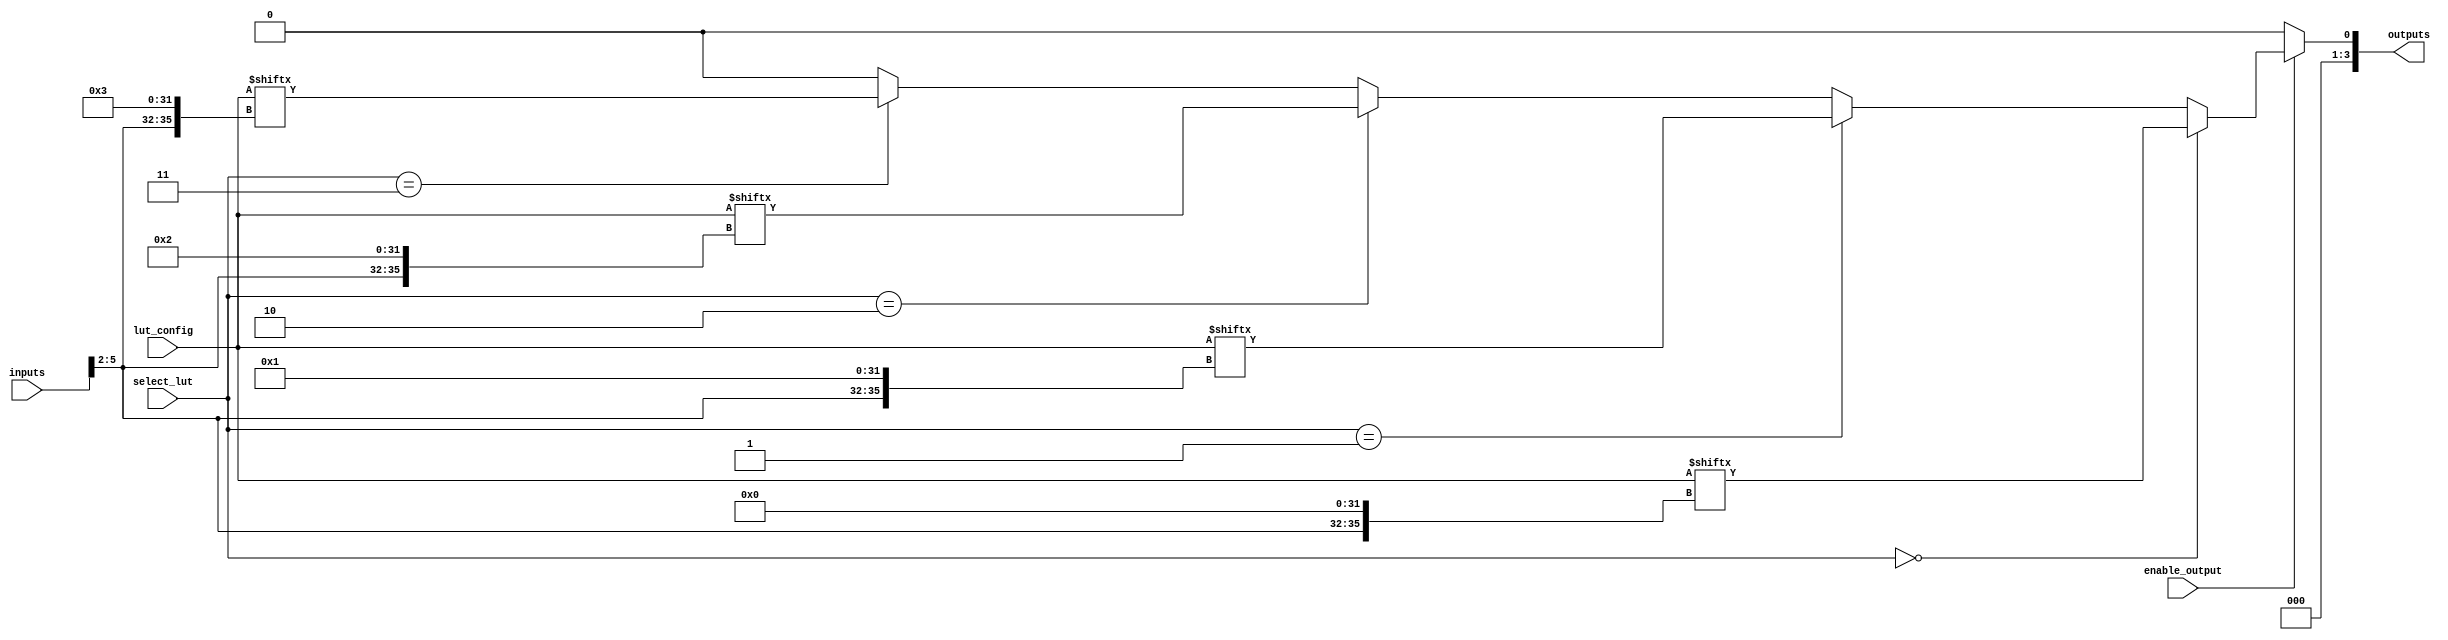
module CLB (
    input wire [5:0] inputs,          // Input signals to the CLB
    input wire [1:0] select_lut,      // Select signal for multiplexing LUT outputs
    input wire enable_output,          // Control signal to enable output
    output wire [3:0] outputs,         // Output signals from the CLB
    input wire [15:0] lut_config       // LUT configuration data (truth tables)
);

// LUTs
wire [3:0] lut_out;
genvar i;
generate
    for (i = 0; i < 4; i = i + 1) begin : lut_block
        // LUT instantiation
        assign lut_out[i] = lut_config[{inputs[5:2], i}]; // 4-input LUT, using 4 bits from the configuration
    end
endgenerate

// Multiplexer for selecting output from LUTs
wire [3:0] mux_out;
assign mux_out = (select_lut == 2'b00) ? lut_out[0] :
                 (select_lut == 2'b01) ? lut_out[1] :
                 (select_lut == 2'b10) ? lut_out[2] :
                 (select_lut == 2'b11) ? lut_out[3] : 4'b0000;

// Output control
assign outputs = enable_output ? mux_out : 4'b0000; // Only output if enabled

endmodule